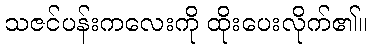
သဇင်ပန်းကလေးကို ထိုးပေးလိုက်၏။